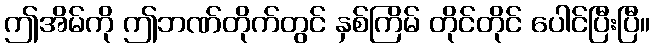
ဤအိမ်ကို ဤဘဏ်တိုက်တွင် နှစ်ကြိမ် တိုင်တိုင် ပေါင်ပြီးပြီ။